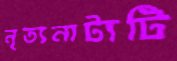
নৃত্যনাট্যটি